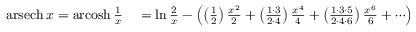
\begin{array} { r l } { \operatorname { a r s e c h } x = \operatorname { a r c o s h } { \frac { 1 } { x } } } & { { } = \ln { \frac { 2 } { x } } - \left( \left( { \frac { 1 } { 2 } } \right) { \frac { x ^ { 2 } } { 2 } } + \left( { \frac { 1 \cdot 3 } { 2 \cdot 4 } } \right) { \frac { x ^ { 4 } } { 4 } } + \left( { \frac { 1 \cdot 3 \cdot 5 } { 2 \cdot 4 \cdot 6 } } \right) { \frac { x ^ { 6 } } { 6 } } + \cdots \right) } \end{array}